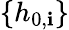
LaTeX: \{ h_{0,\mathbf{i}}\}